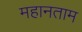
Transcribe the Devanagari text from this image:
महानताम